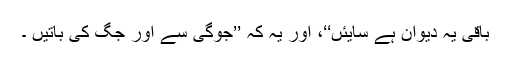
باقی یہ دیوان ہے سایئں‘‘، اور یہ کہ ’’جوگی سے اور جگ کی باتیں ۔